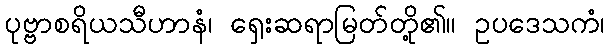
ပုဗ္ဗာစရိယသီဟာနံ၊ ရှေးဆရာမြတ်တို့၏။ ဥပဒေသကံ၊